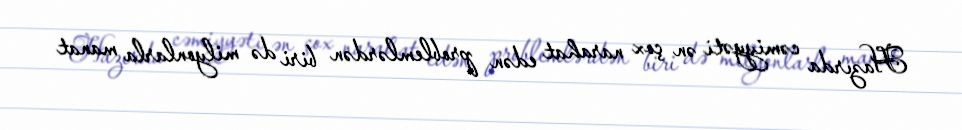
Hazırda cəmiyyəti ən çox narahat edən problemlərdən biri də milyonlarla manat